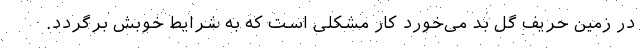
در زمین حریف گل بد می‌خورد کار مشکلی است که به شرایط خوبش برگردد.